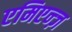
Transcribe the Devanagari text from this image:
एमिएन्ज़